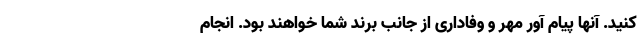
کنید. آنها پیام آور مهر و وفاداری از جانب برند شما خواهند بود. انجام